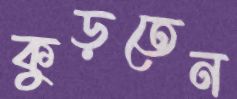
কুড়তেন